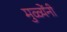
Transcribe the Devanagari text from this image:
मुळ्येंनी